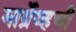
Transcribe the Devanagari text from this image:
मार्ग्रेव्हची